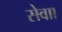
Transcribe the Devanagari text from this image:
सेवाा